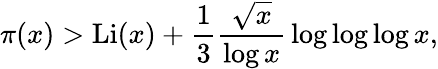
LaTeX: \pi(x)>\operatorname{Li}(x)+{\frac{1}{3}}{\frac{\sqrt{x}}{\log x}}\log\log\log x,